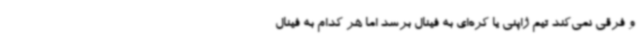
و فرقی نمی‌کند تیم ژاپنی یا کره‌ای به فینال برسد اما هر کدام به فینال